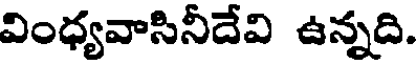
వింధ్యవాసినీదేవి ఉన్నది.